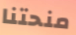
منحتنا